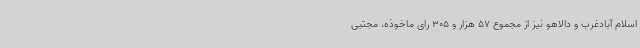
اسلام آبادغرب و دالاهو نیز از مجموع 57 هزار و 305 رای ماخوذه، مجتبی